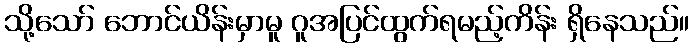
သို့သော် ဘောင်ယိန်းမှာမူ ဂူအပြင်ထွက်ရမည့်ကိန်း ရှိနေသည်။